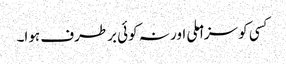
کسی کو سزا ملی اور نہ کوئی برطرف ہوا۔